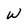
Character: w